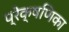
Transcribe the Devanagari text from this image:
प्रेक्षणिका